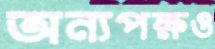
অন্যপক্ষও